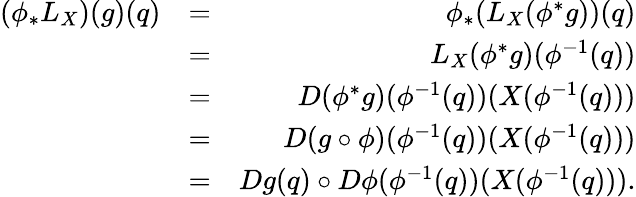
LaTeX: \begin{array}{rlr}{(\phi_{*}L_{X})(g)(q)}&{=}&{\phi_{*}(L_{X}(\phi^{*}g))(q)}\\ &{=}&{L_{X}(\phi^{*}g)(\phi^{-1}(q))}\\ &{=}&{D(\phi^{*}g)(\phi^{-1}(q))(X(\phi^{-1}(q)))}\\ &{=}&{D(g\circ\phi)(\phi^{-1}(q))(X(\phi^{-1}(q)))}\\ &{=}&{Dg(q)\circ D\phi(\phi^{-1}(q))(X(\phi^{-1}(q))).}\end{array}